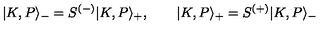
| K , P \rangle _ { - } = S ^ { ( - ) } | K , P \rangle _ { + } , \qquad | K , P \rangle _ { + } = S ^ { ( + ) } | K , P \rangle _ { - }